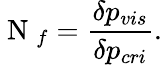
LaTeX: \mathrm{~N~}_{f}=\frac{\delta p_{vis}}{\delta p_{cri}}.